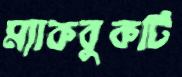
ম্যাকবুকটি